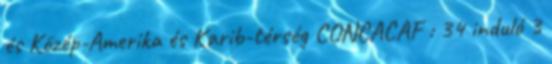
és Közép-Amerika és Karib-térség CONCACAF : 34 induló 3